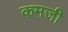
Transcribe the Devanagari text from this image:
कमजी